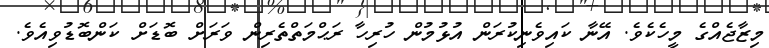
މިޒާޖެއްގެ މީހެކެވެ. އޭނާ ކައިވެނިކުރަން އުޅުމުން ހުރިހާ ރަޙްމަތްތެރިން ވަރަށް ބޮޑަށް ކަންބޮޑުވިއެވެ.